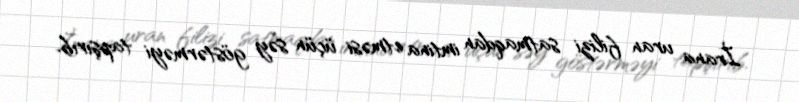
İrana uran filizi satmaqdan imtina etməsi üçün səy göstərməyi tapşırıb.